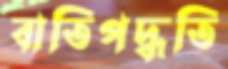
বাতিপদ্ধতি